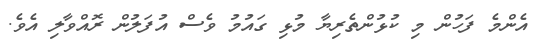
އެންމެ ފަހުން މި ކުޅުންތެރިޔާ މުޅި ގައުމު ވެސް އުފަލުން ރޮއްވާލި އެވެ.